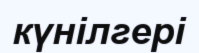
күнілгері